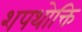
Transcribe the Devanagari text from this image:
शपथोक्ति